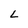
Character: L